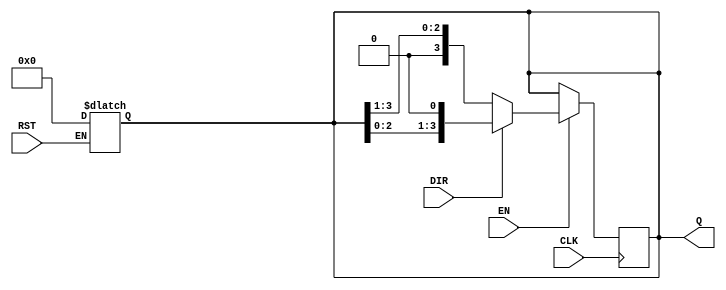
module async_shift_counter (
    input wire CLK,         // Clock input
    input wire RST,         // Asynchronous reset
    input wire DIR,         // Shift direction (0 for right, 1 for left)
    input wire EN,          // Enable signal
    output reg [N-1:0] Q    // Counter output (N bits wide)
);
    parameter N = 4; // Define the width of the counter (number of bits)

    // Asynchronous reset
    always @* begin
        if (RST) begin
            Q = 0; // Reset the counter to zero
        end
    end

    // Shift operation on clock edge
    always @(posedge CLK) begin
        if (EN) begin
            if (DIR) begin
                // Left shift: Shift bits to the left and insert 0 at LSB
                Q <= {Q[N-2:0], 1'b0}; // Shift left
            end else begin
                // Right shift: Shift bits to the right and insert 0 at MSB
                Q <= {1'b0, Q[N-1:1]}; // Shift right
            end
        end
    end
endmodule